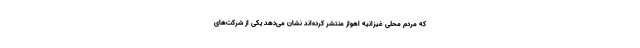
که مردم محلی غیزانیه اهواز منتشر کرده‌اند نشان می‌دهد یکی از شرکت‌های